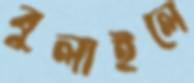
বুলাইলে